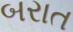
બરાત